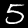
Digit: 5